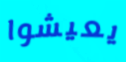
يعيشوا